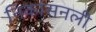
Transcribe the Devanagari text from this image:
निकासनली